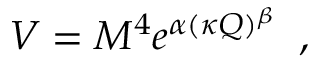
V = M ^ { 4 } e ^ { \alpha ( \kappa Q ) ^ { \beta } } \; \; ,